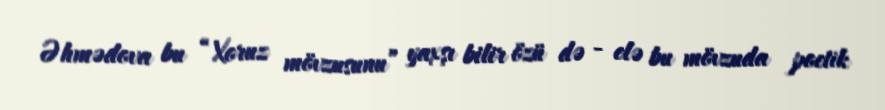
Əhmədova bu “Xoruz mövzusunu” yaxşı bilir özü də - elə bu mövzuda poetik